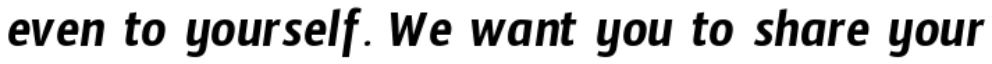
even to yourself. We want you to share your